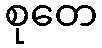
စုတေ